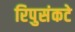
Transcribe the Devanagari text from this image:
रिपुसंकटे